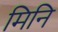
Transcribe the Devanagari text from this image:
मिनि